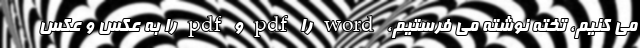
می کنیم، تخته‌ نوشته می فرستیم، word را pdf و pdf را به عکس و عکس